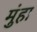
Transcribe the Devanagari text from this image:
मुंहा